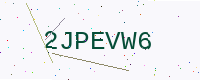
Text: 2JPEVW6